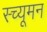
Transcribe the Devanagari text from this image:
स्च्यूमन